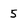
Character: 5